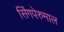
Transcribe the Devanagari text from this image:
सिंगपेरुमाल